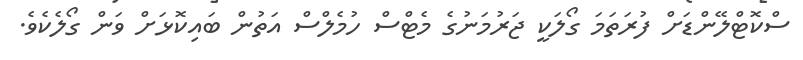
ސްކޮޓްލޭންޑަށް ފުރަތަމަ ގޯލަކީ ޖަރުމަނުގެ މެޓްސް ހުމެލްސް އަތުން ބައިކޮޅަށް ވަން ގޯލެކެވެ.